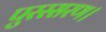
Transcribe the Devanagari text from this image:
पुरस्सरण।